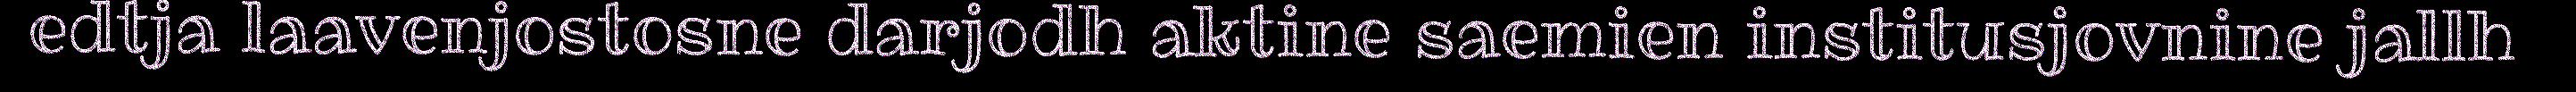
edtja laavenjostosne darjodh aktine saemien institusjovnine jallh